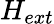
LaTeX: H_{ext}